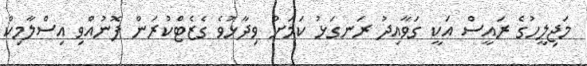
މަޖިލީހުގެ ރައީސް އަކީ ގަވާއިދު ރަނގަޅު ކަމަށް ވިދާޅުވެ ގެޒެޓްކުރަން ފޮނުއްވި އިސްލާމިކް